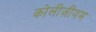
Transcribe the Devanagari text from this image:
कोलीज़ीयम